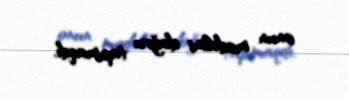
onun modelini doğru tapmaqdı.